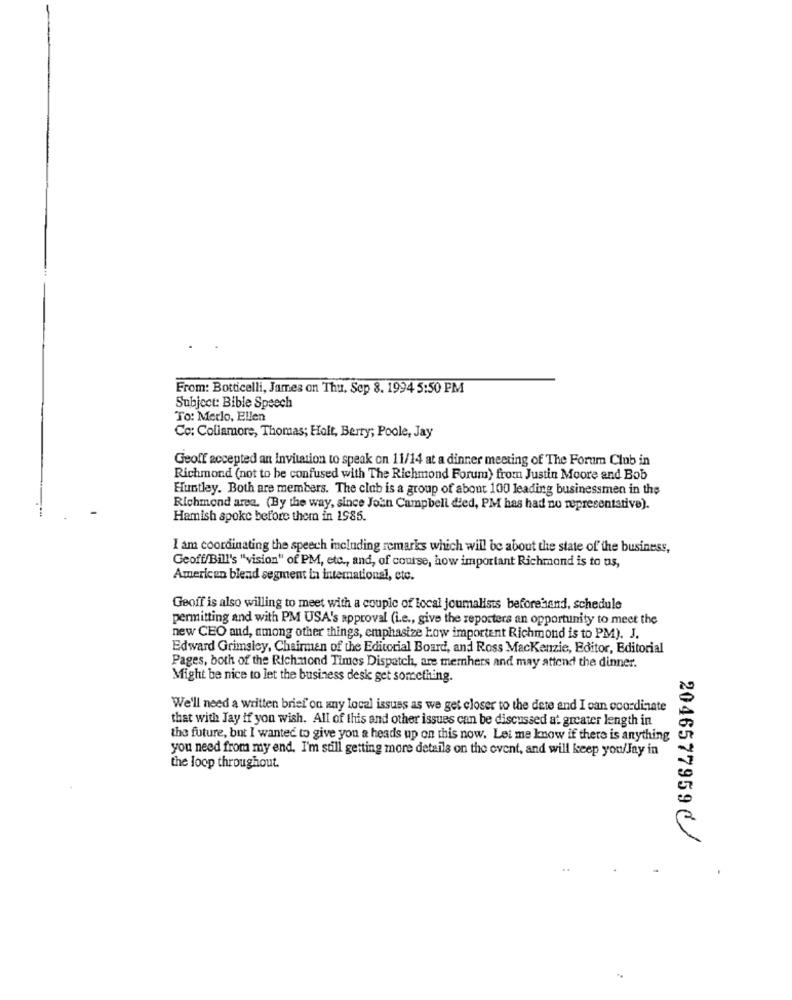
From: Botticelli, James on Thu. Sep 8. 1994 5:50 PM
Subject: Bible Speech
To: Merlo, Ellen
Co: Collamore, Thomas; Holt, Berry; Poole, Jay
Geoff accepted an Invitation to speak on 11/14 at a dinner meeting of The Forum Club in
Richmond (not to be confused with The Richmond Forum) from Justin Moore and Bob
Huntley. Both are members. The club is a group of about 100 leading businessmen in the
Richmond area. (By the way, since John Campbell d'ed, PM has had no representative).
Hamish spoke before them in 1985.
I am coordinating the speech including remarks which will be about the state of the business,
Geoff/Bill's "vision" of PM, etc ., and, of course, how important Richmond is to us,
American blend segment in international, etc.
Geoff is also willing to meet with a couple of local joumalists beforehand, schedule
permitting and with PM USA's approval (i.e ., give the reporters an opportunity to meet the
new CEO and, among other things, emphasize how importent Richmond is to PM). J.
Edward Grimsley, Chairman of the Editorial Board, and Ross Mackenzie, Editor, Editorial
Pages, both of the Richmond Times Dispatch, are members and may attend the dinner.
Might be nice to let the business desk get something.
We'll need a written brief on any local issues as we get closer to the dete and I can coordinate
that with Jay if you wish. All of this and other issues can be discussed at greater length in
the future, but I wanted to give you a heads up on this now. Let me know if there is anything
you need from my end. I'm still getting more details on the event, and will keep you/Jay in
the loop throughout.
2046577959 C /